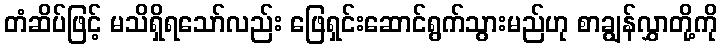
တံဆိပ်ဖြင့် မသိရှိရသော်လည်း ဖြေရှင်းဆောင်ရွက်သွားမည်ဟု စာချွန်လွှာတို့ကို